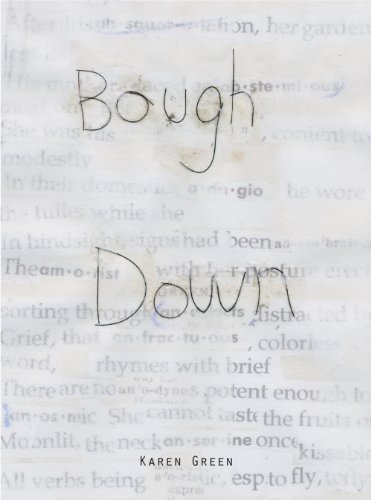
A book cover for Bough Down; Arts & Photography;